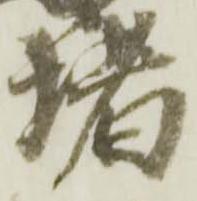
堵